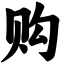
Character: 购